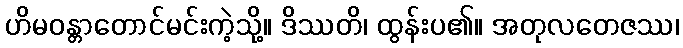
ဟိမဝန္တာတောင်မင်းကဲ့သို့။ ဒိဿတိ၊ ထွန်းပ၏။ အတုလတေဇဿ၊